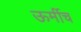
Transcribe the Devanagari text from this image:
ऊर्मीच